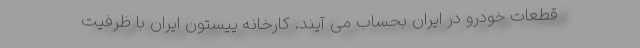
قطعات خودرو در ایران بحساب می آیند. کارخانه پیستون ایران با ظرفیت